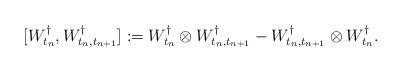
LaTeX: \begin{align*} [W_{t_n}^\dagger, W_{t_n,t_{n+1}}^\dagger] := W^\dagger_{t_n}\otimes W^\dagger_{t_n,t_{n+1}} -W^\dagger_{t_n,t_{n+1}}\otimes W_{t_n}^\dagger .\end{align*}